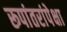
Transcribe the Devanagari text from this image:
रूपांतरांपेक्षा